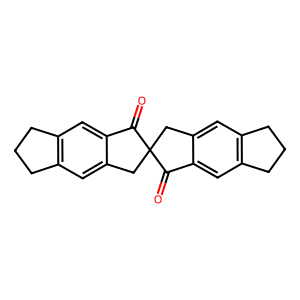
SMILES: O=C1c2cc3c(cc2CC12Cc1cc4c(cc1C2=O)CCC4)CCC3
Inhibits HIV replication: No